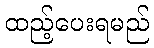
ထည့်ပေးရမည်